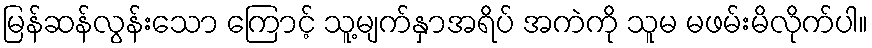
မြန်ဆန်လွန်းသော ကြောင့် သူ့မျက်နှာအရိပ် အကဲကို သူမ မဖမ်းမိလိုက်ပါ။